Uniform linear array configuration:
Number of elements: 16
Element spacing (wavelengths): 0.5
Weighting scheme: exponential
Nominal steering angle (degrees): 30
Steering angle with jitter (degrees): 29.175
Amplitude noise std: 0.05
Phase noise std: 0.05

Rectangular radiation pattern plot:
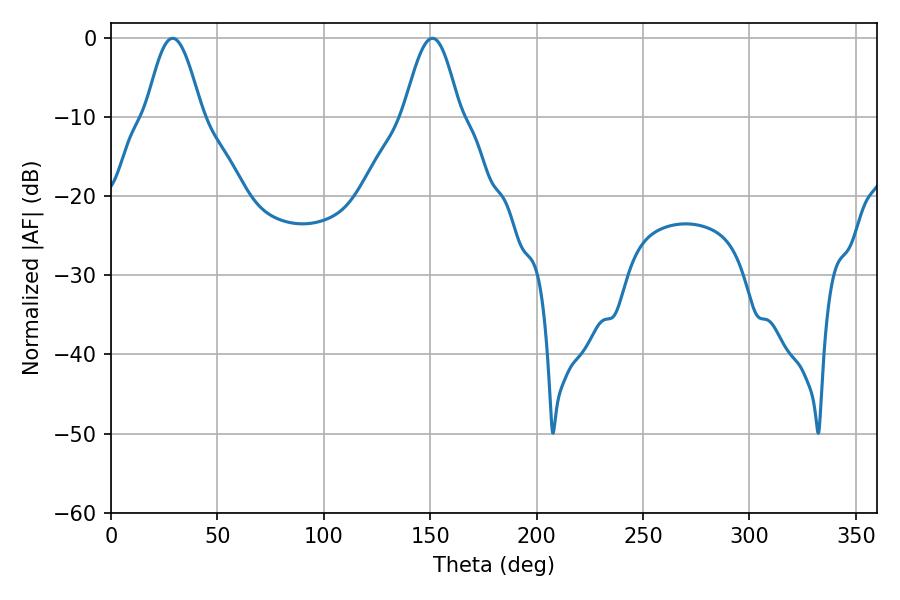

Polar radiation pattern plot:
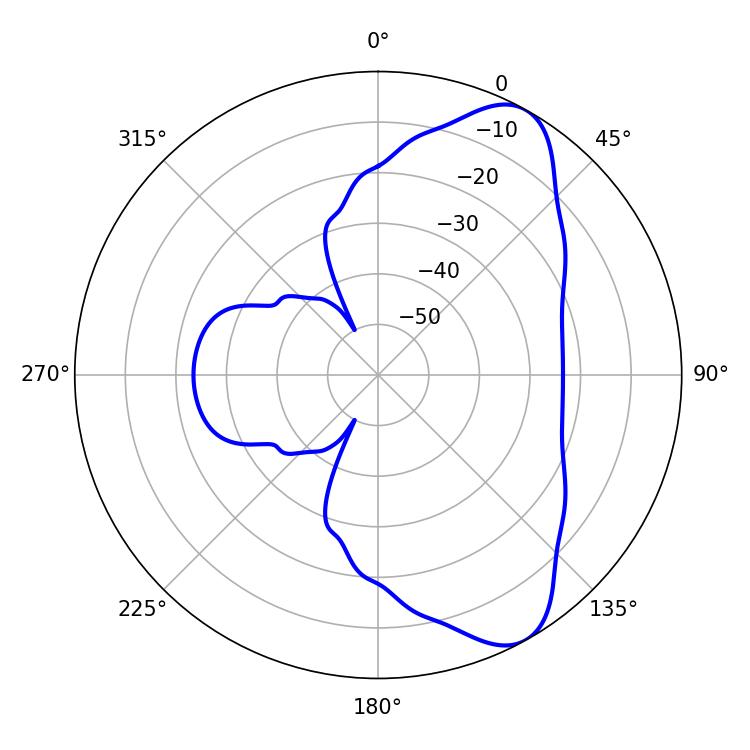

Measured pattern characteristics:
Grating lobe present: FALSE
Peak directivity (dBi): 8.39
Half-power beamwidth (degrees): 14.04
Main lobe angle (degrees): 28.98